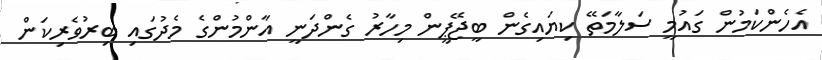
އެހެންކަމުން ގައުމީ ސަލާމަތޭ ކިޔައިގެން ބީޖޭޕީން މިހާރު ގެންދަނީ އާންމުންގެ މެދުގައި ބިރުވެރިކަން